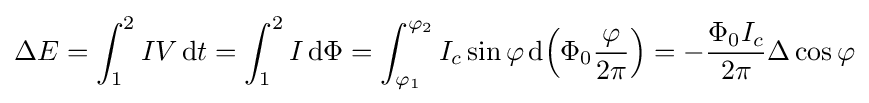
\Delta E=\int _{1}^{2}IV\operatorname {d} \!{t}=\int _{1}^{2}I\operatorname {d} \!\Phi =\int _{\varphi _{1}}^{\varphi _{2}}I_{c}\sin \varphi \operatorname {d} \!\left(\Phi _{0}{\frac {\varphi }{2\pi }}\right)=-{\frac {\Phi _{0}I_{c}}{2\pi }}\Delta \cos \varphi